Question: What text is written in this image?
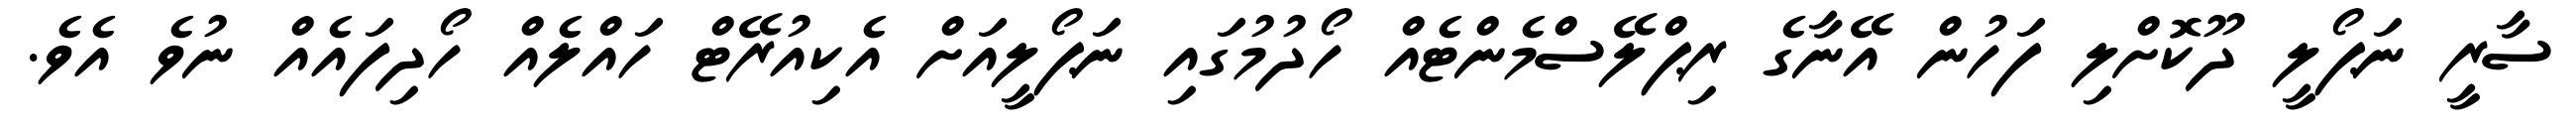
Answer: ސާރީ ނަޕޯލީ ދޫކޮށްލި ފަހުން އޭނާގެ ރިޕްލޭސްމެންޓެއް ހޯދުމުގައި ނަޕޯލީއަށް އެކިއުރޭޓް ހައްލެއް ހޯދިފައެއް ނުވެ އެވެ.